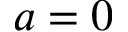
{ a = 0 }